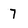
Character: 7